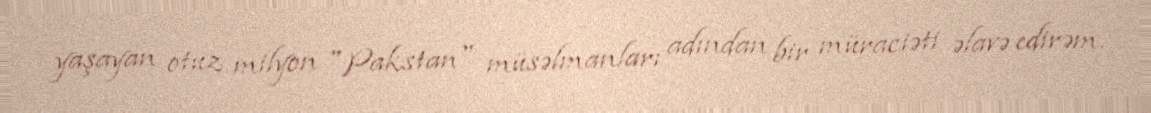
yaşayan otuz milyon "Pakstan" müsəlmanları adından bir müraciəti əlavə edirəm.